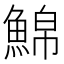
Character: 𩸊